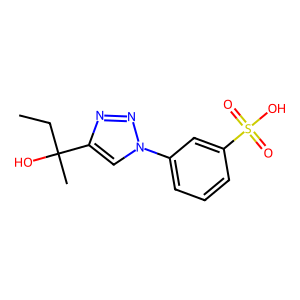
SMILES: CCC(C)(O)c1cn(-c2cccc(S(=O)(=O)O)c2)nn1
Inhibits HIV replication: No